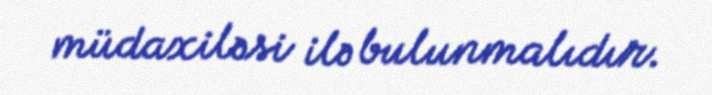
müdaxiləsi ilə bulunmalıdır.